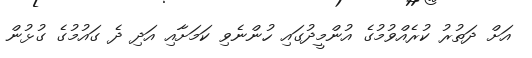
އަށް ދަތުރު ކުރެއްވުމުގެ އުންމީދުގައި ހުންނެވި ކަމަށާއި އަދި ދެ ގައުމުގެ ގުޅުން